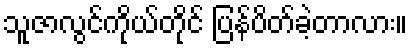
သူဇာလွင်ကိုယ်တိုင် ပြန်ပိတ်ခဲ့တာလား။